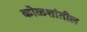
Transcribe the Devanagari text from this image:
कोळशांतील